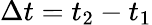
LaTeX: \Delta t=t_{2}-t_{1}